Civil Veterinary Department ledger series I-VI
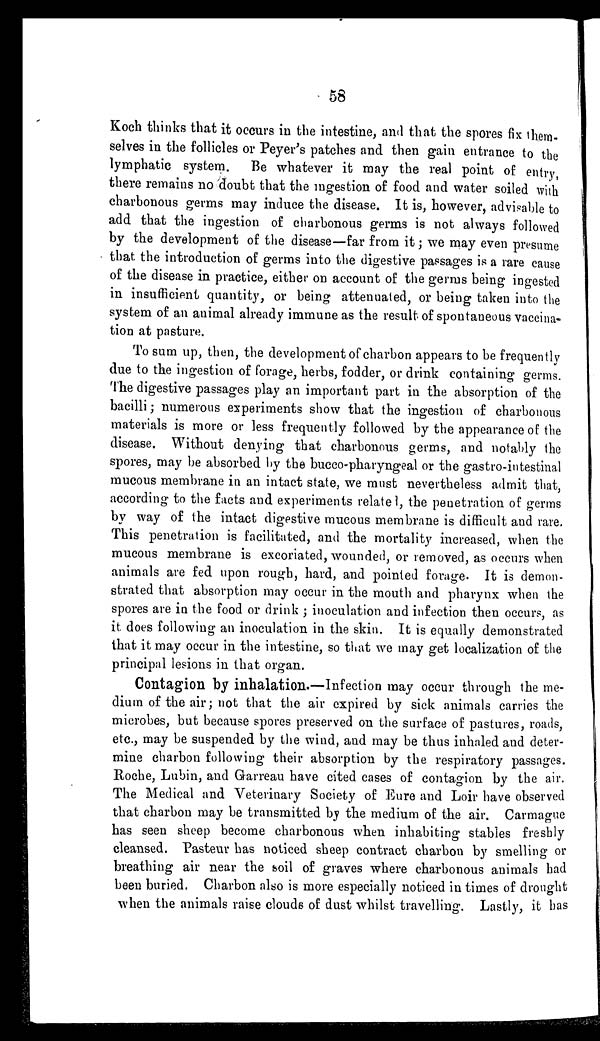
58
Koch thinks that it occurs in the intestine, and that the spores fix them-
selves in the follicles or Peyer's patches and then gain entrance to the
lymphatic system.
Be whatever it may the real point of entry,
there remains no doubt that the ingestion of food and water soiled with
charbonous germs may induce the disease. It is, however, advisable to
add that the ingestion of charbonous germs is not always followed
by the development of the disease—far from it; we may even presume
that the introduction of germs into the digestive passages is a rare cause
of the disease in practice, either on account of the germs being ingested
in insufficient quantity, or being attenuated, or being taken into the
system of an animal already immune as the result of spontaneous vaccina-
tion at pasture.
To sum up, then, the development of charbon appears to be frequently
due to the ingestion of forage, herbs, fodder, or drink containing germs.
The digestive passages play an important part in the absorption of the
bacilli; numerous experiments show that the ingestion of charbonous
materials is more or less frequently followed by the appearance of the
disease. Without denying that charbonous germs, and notably the
spores, may be absorbed by the bucco-pharyngeal or the gastro-intestinal
mucous membrane in an intact state, we must nevertheless admit that,
according to the facts and experiments related, the penetration of germs
by way of the intact digestive mucous membrane is difficult and rare.
This penetration is facilitated, and the mortality increased, when the
mucous membrane is excoriated, wounded, or removed, as occurs when
animals are fed upon rough, hard, and pointed forage. It is demon-
strated that absorption may occur in the mouth and pharynx when the
spores are in the food or drink; inoculation and infection then occurs, as
it does following an inoculation in the skin. It is equally demonstrated
that it may occur in the intestine, so that we may get localization of the
principal lesions in that organ.
Contagion by inhalation.—Infection may occur through the me-
dium of the air; not that the air expired by sick animals carries the
microbes, but because spores preserved on the surface of pastures, roads,
etc., may be suspended by the wind, and may be thus inhaled and deter-
mine charbon following their absorption by the respiratory passages.
Roche, Lubin, and Garreau have cited cases of contagion by the air.
The Medical and Veterinary Society of Eure and Loir have observed
that charbon may be transmitted by the medium of the air. Carmague
has seen sheep become charbonous when inhabiting stables freshly
cleansed. Pasteur has noticed sheep contract charbon by smelling or
breathing air near the soil of graves where charbonous animals had
been buried. Charbon also is more especially noticed in times of drought
when the animals raise clouds of dust whilst travelling. Lastly, it has